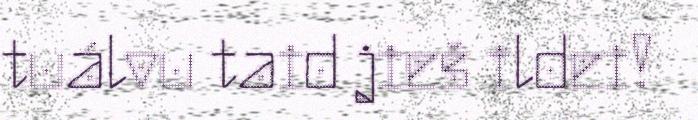
tuálvu taid jieš ildei!